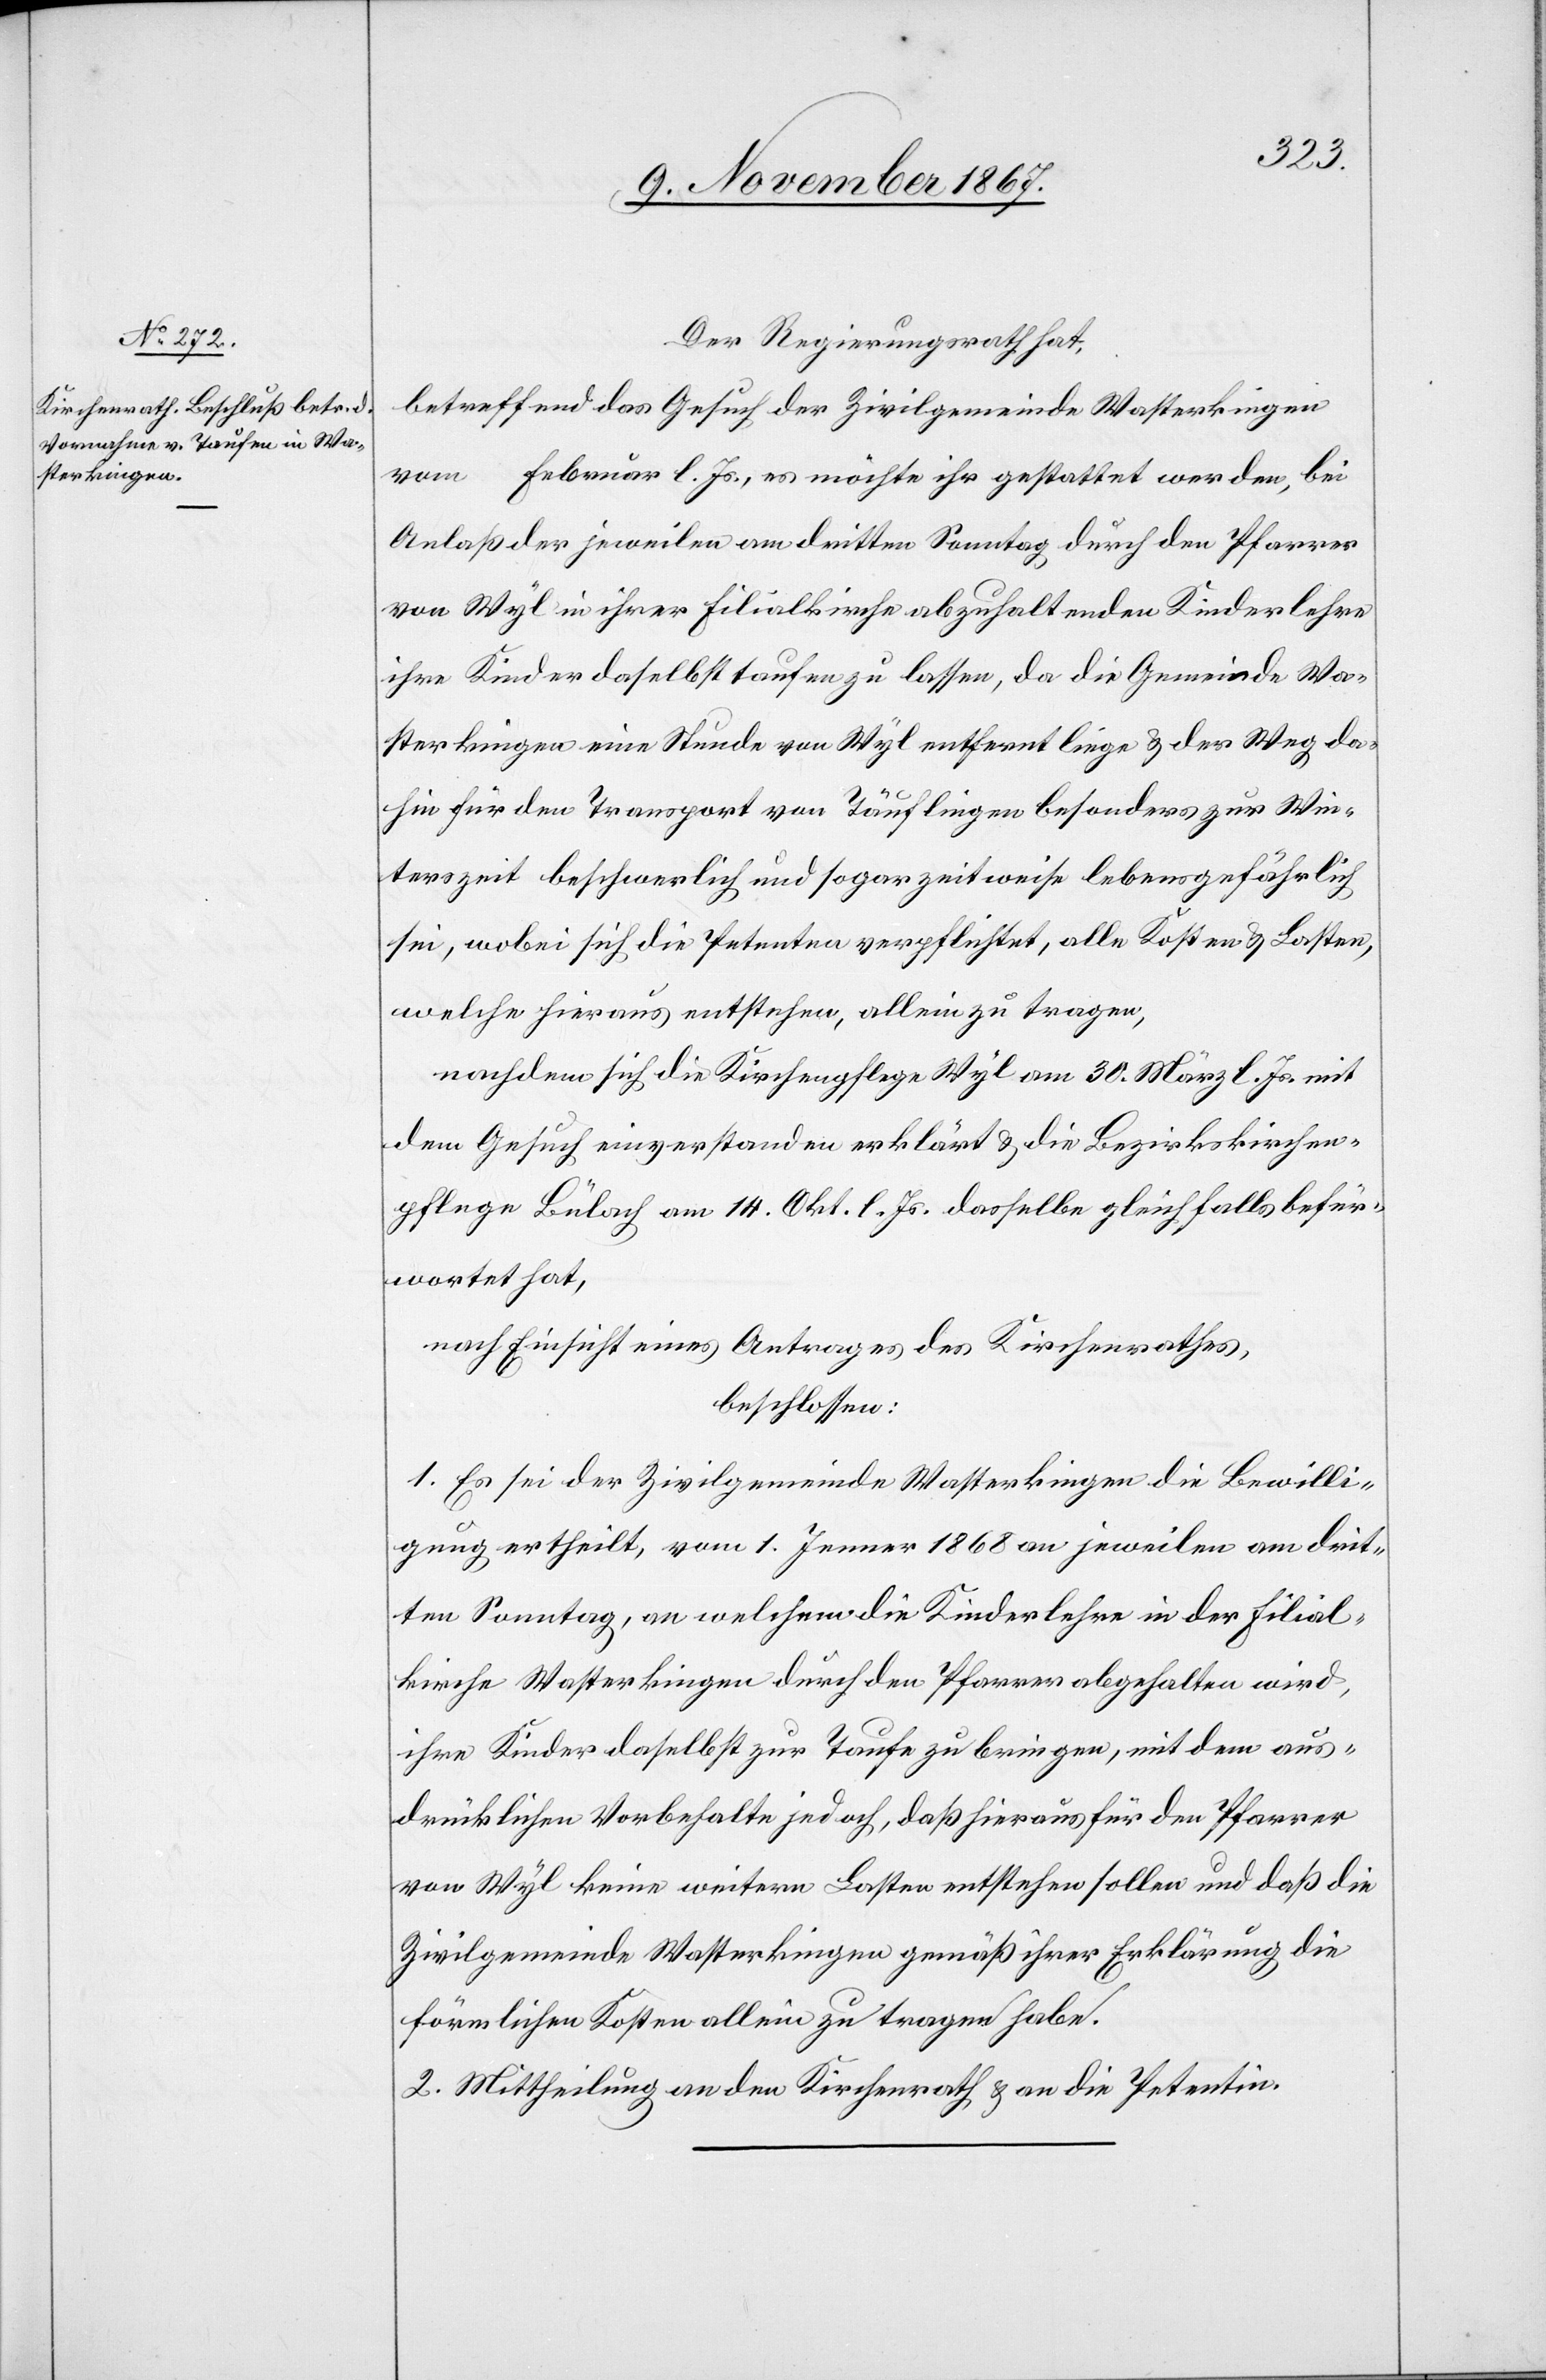
Der Regierungsrath hat,
betreffend das Gesuch der Zivilgemeinde Wasterkingen
vom … Februar l. Js., es möchte ihr gestattet werden, bei
Anlaß der jeweilen am dritten Sonntag durch den Pfarrer
von Wyl in ihrer Filialkirche abzuhaltenden Kinderlehre
ihre Kinder daselbst taufen zu lassen, da die Gemeinde Wa¬
sterkingen eine Stunde von Wyl entfernt liege u. der Weg da¬
hin für den Transport von Täuflingen besonders zur Win¬
terszeit beschwerlich und sogar zeitweise lebensgefährlich
sei, wobei sich die Petenten verpflichtet [sic!], alle Kosten u. Lasten,
welche hierauf entstehen, allein zu tragen,
nachdem sich die Kirchenpflege Wyl am 30. März l. Js. mit
dem Gesuch einverstanden erklärt u. die Bezirkskirchen¬
pflege Bülach am 14. Okt. l. Js. gleichfalls befürwortet hat,
nach Einsicht eines Antrages des Kirchenrathes,
beschlossen:
1. Es sei der Zivilgemeinde Wasterkingen die Bewilli¬
gung ertheilt, vom 1. Jenner 1868 an jeweilen am drit¬
ten Sonntag, an welchem die Kinderlehre in der Filial¬
kirche Wasterkingen durch den Pfarrer abgehalten wird,
ihre Kinder daselbst zur Taufe zu bringen, mit dem aus¬
drücklichen Vorbehalte jedoch, daß hieraus für den Pfarrer
von Wyl keine weitern Lasten entstehen sollen und daß die
Zivilgemeinde Wasterkingen gemäß ihrer Erklärung die
förmlichen Kosten allein zu tragen habe.
2. Mittheilung an den Kirchenrath u. an die Petentin.